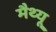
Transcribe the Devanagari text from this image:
मैथ्‍यू